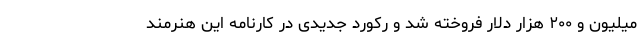
میلیون و ۲۰۰ هزار دلار فروخته شد و رکورد جدیدی در کارنامه این هنرمند